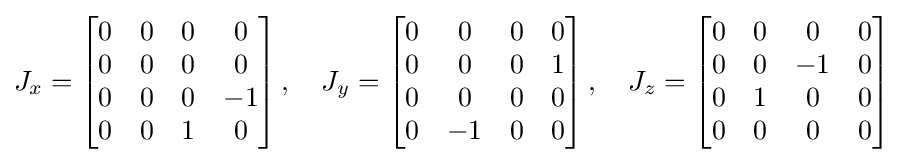
J_{x}={\begin{bmatrix}0&0&0&0\\0&0&0&0\\0&0&0&-1\\0&0&1&0\\\end{bmatrix}}\,,\quad J_{y}={\begin{bmatrix}0&0&0&0\\0&0&0&1\\0&0&0&0\\0&-1&0&0\end{bmatrix}}\,,\quad J_{z}={\begin{bmatrix}0&0&0&0\\0&0&-1&0\\0&1&0&0\\0&0&0&0\end{bmatrix}}